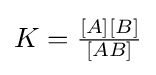
{\textstyle K={\frac {[A][B]}{[AB]}}}